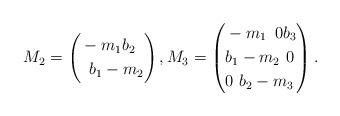
LaTeX: \begin{align*}M_2=\left(\begin{aligned}& -m_1 b_2 \\& \,\,\, b_1 -m_2\end{aligned}\right),M_3=\left(\begin{aligned}& -m_1 \,\,\, 0 b_3 \\& b_1 -m_2 \,\, 0 \\& 0 \,\, b_2 -m_3\end{aligned}\right).\end{align*}